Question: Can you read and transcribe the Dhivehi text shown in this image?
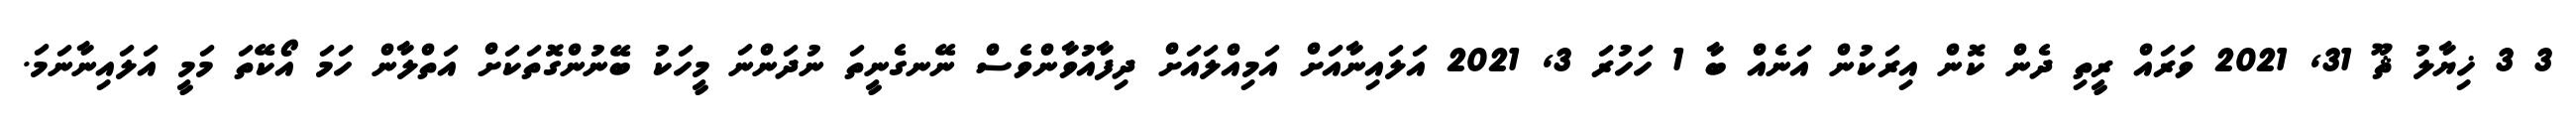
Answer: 3 3 ޚިޔާލު ޘޫ 31, 2021 ވަރައް ރީތި ދެން ކޮން އިރަކުން އަނެއް ބާ 1 ހަހުރަ 3, 2021 އަލައިނާއަށް އަމިއްލައަށް ދިފާއުވާންވެސް ނޭނގެނީތަ ނުދަންނަ މީހަކު ބޭނުންގޮތަކަށް އަތްލާން ހަމަ އޯކޭތަ މަމީ އަލައިނާނަމަ.